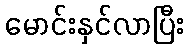
မောင်းနှင်လာပြီး